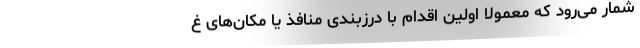
شمار می‌رود که معمولاً اولین اقدام با درزبندی منافذ یا مکان‌های غ